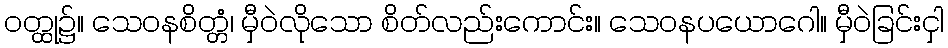
ဝတ္ထု၌။ သေဝနစိတ္တံ၊ မှီဝဲလိုသော စိတ်လည်းကောင်း။ သေဝနပယောဂေါ။ မှီဝဲခြင်းငှါ